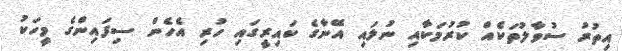
އިތުރު ސުވާލުތަކެއް ކުރުމަކާއި ނުލައި އޭނާގެ ކައިރީގައި ހުރި އެހެން ސިފައިންގެ މީހަކު